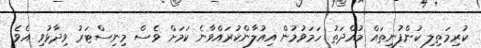
ކުރިމަތިލި ކުންފުނިތައް މުއްދަތު ހަމަވުމުން އިއުލާންކުރައްވާނެ ކަމަށް ވެސް މިނިސްޓަރު ވިދާޅުވި އެވެ.